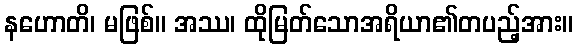
နဟောတိ၊ မဖြစ်။ အဿ၊ ထိုမြတ်သောအရိယာ၏တပည့်အား။